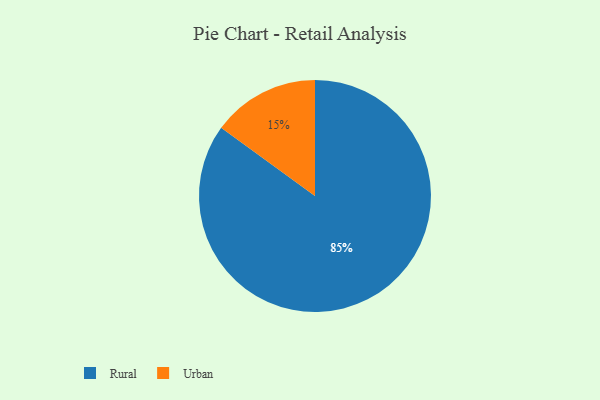
{"axis": {"x": "Category", "y": "Percentage"}, "legend": ["Rural", "Urban"], "data": [{"x": "Urban", "y": 15, "type": "Urban"}, {"x": "Rural", "y": 85, "type": "Rural"}]}